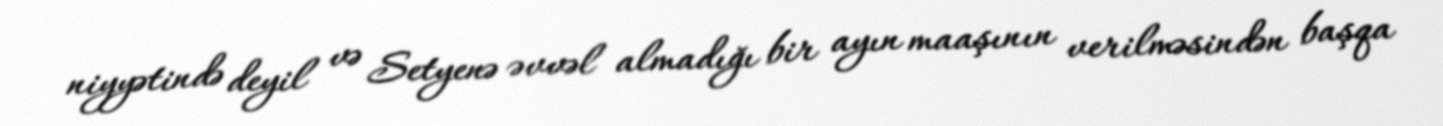
niyyətində deyil və Setyenə əvvəl almadığı bir ayın maaşının verilməsindən başqa